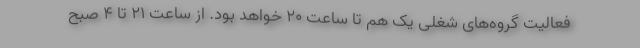
فعالیت گروه‌های شغلی یک هم تا ساعت ۲۰ خواهد بود. از ساعت ۲۱ تا ۴ صبح